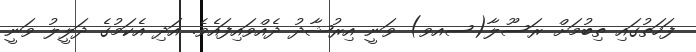
ފަހަތުގައި ތިބުމަށް ރަސޫލާ(ސއވ) ވަނީ އިރުޝާދު ދެއްވައިފައެވެ. އަދި އެކަމުގެ ދަލީލު ވަނީ